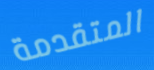
المتقدمة